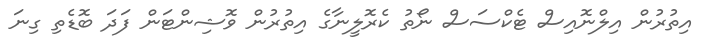
އިތުރުން އިލްނޮއިސް ޓެކްސަސް ނޯތު ކެރޮލީނާގެ އިތުރުން ވޮޮޝިންޓަން ފަދަ ބޮޮޑެތި ގިނަ